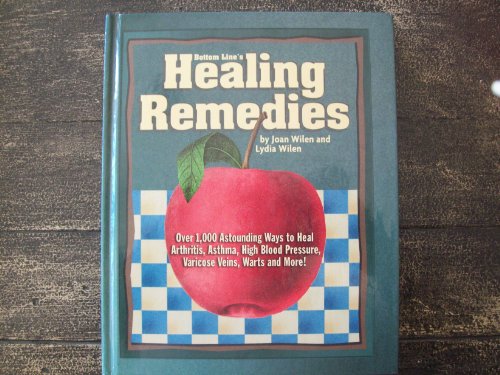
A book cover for Bottom Line's Healing Remedies: Over 1,000 Astounding Ways to Heal Arthritis, Asthma, High Blood Pressure, Varicose Veins, Warts and More!; Joan Wilen; Health, Fitness & Dieting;